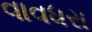
વાવધરા